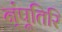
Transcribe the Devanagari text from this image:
न्ंपूतिरि